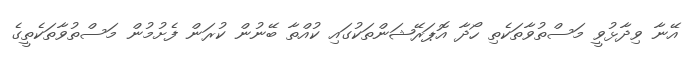
އޭނާ ވިދާޅުވީ މަސްތުވާތަކެތި ހޯދާ އޮޕަރޭޝަންތަކުގައި ކުއްތާ ބޭނުން ކުރަން ފެށުމުން މަސްތުވާތަކެތީގެ